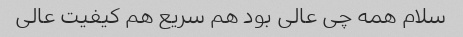
سلام همه چی عالی بود هم سریع هم کیفیت عالی